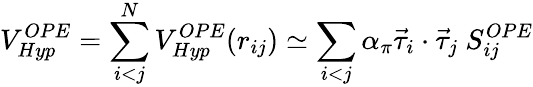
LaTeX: V_{Hyp}^{OPE}=\sum_{i<j}^{N}V_{Hyp}^{OPE}(r_{ij})\simeq\sum_{i<j}\alpha_{\pi}\vec{\tau}_{i}\cdot\vec{\tau}_{j}\ S_{ij}^{OPE}